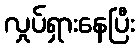
လှုပ်ရှားနေပြီး